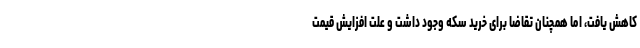
کاهش یافت، اما همچنان تقاضا برای خرید سکه وجود داشت و علت افزایش قیمت